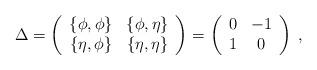
LaTeX: \begin{align*}\Delta =\left( \begin{array}{cc} \{\phi,\phi\} & \{\phi,\eta\}\\ \{\eta,\phi\} & \{\eta,\eta\} \end{array} \right) = \left( \begin{array}{cc} 0 & -1\\ 1 & 0 \end{array} \right)\;, \end{align*}